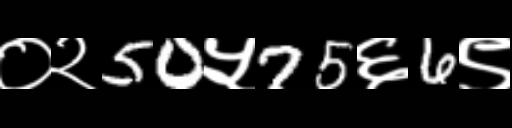
Text: ०२50५75६6९